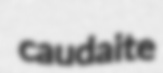
caudaite